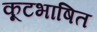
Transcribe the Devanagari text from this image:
कूटभाषित